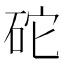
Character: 砣